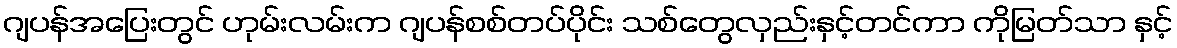
ဂျပန်အပြေးတွင် ဟုမ်းလမ်းက ဂျပန်စစ်တပ်ပိုင်း သစ်တွေလှည်းနှင့်တင်ကာ ကိုမြတ်သာ နှင့်